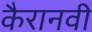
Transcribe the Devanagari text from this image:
कैरानवी